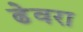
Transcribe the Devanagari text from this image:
ढेवरा